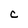
Character: C